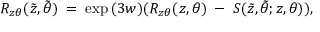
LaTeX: R _ { z \theta } ( \tilde { z } , \tilde { \theta } ) \; = \; \exp { ( 3 w ) } ( R _ { z \theta } ( z , \theta ) \; - \; \nonumber S ( \tilde { z } , \tilde { \theta } ; z , \theta ) ) ,